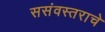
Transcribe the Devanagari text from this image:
ससंवस्तराचे